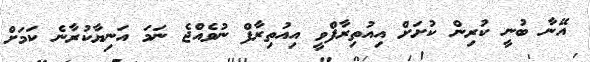
އޭނާ ބުނީ ކުރިން ކުށަށް އިއުތިރާފްވީ އިއުތިރާފް ނުވެއްޖެ ނަމަ އަނިޔާކުރާނެ ކަމަށް